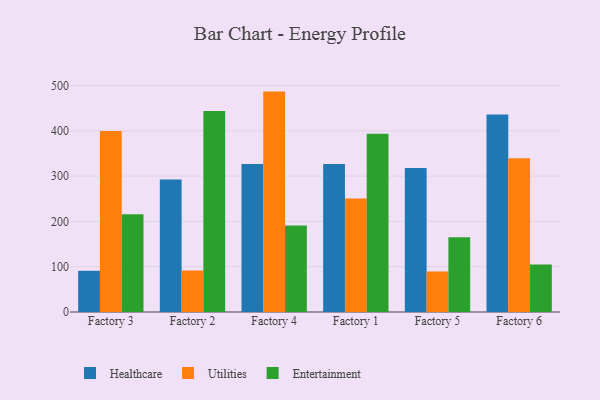
{"axis": {"x": "Factory", "y": "Market Share (%)"}, "legend": ["Entertainment", "Healthcare", "Utilities"], "data": [{"x": "Factory 3", "y": 91.0, "type": "Healthcare"}, {"x": "Factory 3", "y": 399.7, "type": "Utilities"}, {"x": "Factory 3", "y": 215.6, "type": "Entertainment"}, {"x": "Factory 2", "y": 292.4, "type": "Healthcare"}, {"x": "Factory 2", "y": 91.6, "type": "Utilities"}, {"x": "Factory 2", "y": 443.8, "type": "Entertainment"}, {"x": "Factory 4", "y": 327.0, "type": "Healthcare"}, {"x": "Factory 4", "y": 486.6, "type": "Utilities"}, {"x": "Factory 4", "y": 190.7, "type": "Entertainment"}, {"x": "Factory 1", "y": 326.9, "type": "Healthcare"}, {"x": "Factory 1", "y": 250.6, "type": "Utilities"}, {"x": "Factory 1", "y": 393.7, "type": "Entertainment"}, {"x": "Factory 5", "y": 317.7, "type": "Healthcare"}, {"x": "Factory 5", "y": 89.5, "type": "Utilities"}, {"x": "Factory 5", "y": 165.1, "type": "Entertainment"}, {"x": "Factory 6", "y": 436.0, "type": "Healthcare"}, {"x": "Factory 6", "y": 339.2, "type": "Utilities"}, {"x": "Factory 6", "y": 104.6, "type": "Entertainment"}]}